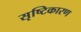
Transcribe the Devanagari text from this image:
सृष्टिकारण